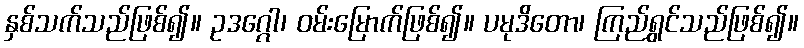
နှစ်သက်သည်ဖြစ်၍။ ဥဒဂ္ဂေါ၊ ဝမ်းမြောက်ဖြစ်၍။ ပမုဒိတော၊ ကြည်ရွှင်သည်ဖြစ်၍။